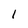
Character: l